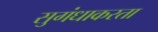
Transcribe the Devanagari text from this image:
सुगंधाकरता